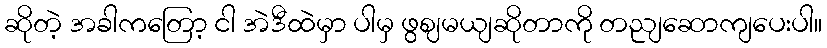
ဆိုတဲ့ အခါကတြော့ ငါ အဲဒီထဲမှာ ပါမှ ဖွဈမယျဆိုတာကို တညျဆောကျပေးပါ။